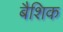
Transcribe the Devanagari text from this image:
बैशिक